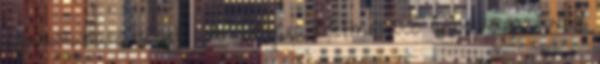
elgondolkodtató idézet apák napjára Életmód Az apák napja fontos